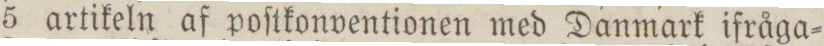
5 artikeln af poſtkonventionen med Danmark ifråga=